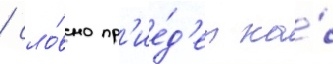
/ сло́вно пр'ие́д'ет на́